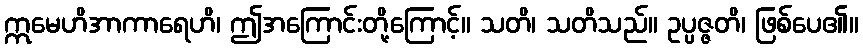
ဣမေဟိအာကာရေဟိ၊ ဤအကြောင်းတို့ကြောင့်။ သတိ၊ သတိသည်။ ဥပ္ပဇ္ဇတိ၊ ဖြစ်ပေ၏။